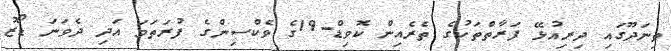
ތިނަދޫގައި ދިރިއުޅޭ ފަރާތްތަކުގެ ތެރެއިން ކޮވިޑް-19ގެ ވެކްސިންގެ ފުރަތަމަ އަދި ދެވަނަ ޑޯޒު